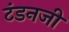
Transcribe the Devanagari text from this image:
टंडनजी